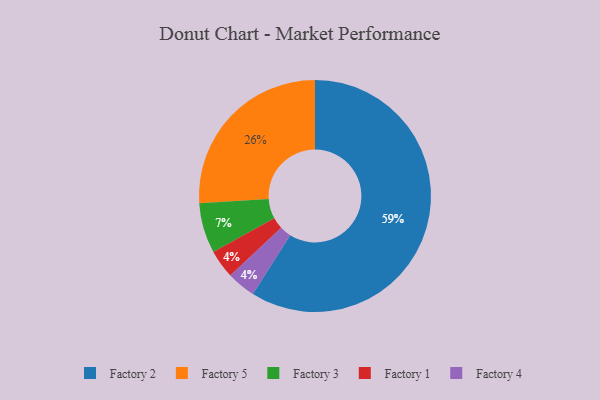
{"axis": {"x": "Category", "y": "Percentage"}, "legend": ["Factory 1", "Factory 2", "Factory 3", "Factory 4", "Factory 5"], "data": [{"x": "Factory 3", "y": 7, "type": "Factory 3"}, {"x": "Factory 1", "y": 4, "type": "Factory 1"}, {"x": "Factory 4", "y": 4, "type": "Factory 4"}, {"x": "Factory 2", "y": 59, "type": "Factory 2"}, {"x": "Factory 5", "y": 26, "type": "Factory 5"}]}